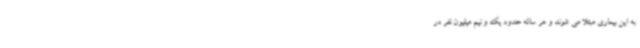
به این بیماری مبتلا می شوند و هر ساله حدود یک و نیم میلیون نفر در